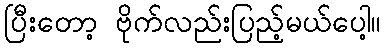
ပြီးတော့ ဗိုက်လည်းပြည့်မယ်ပေါ့။